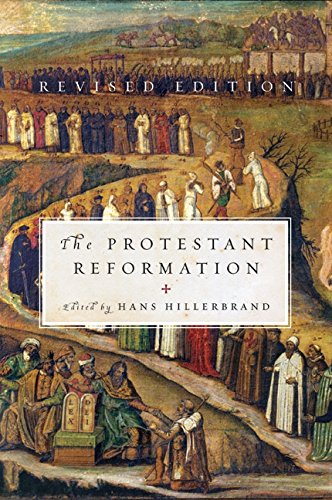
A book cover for The Protestant Reformation; Hans J. Hillerbrand; Religion & Spirituality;